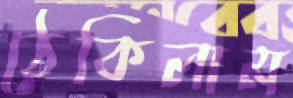
ঠেকিলাম